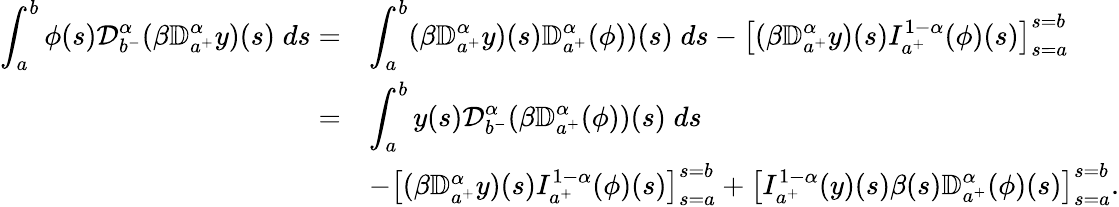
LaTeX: \begin{array}{rl}{\displaystyle\int_{a}^{b}\phi(s){\mathcal D}_{b^{-}}^{\alpha}(\beta{\mathbb D}_{a^{+}}^{\alpha}y)(s)\; ds=}&{\displaystyle\int_{a}^{b}(\beta{\mathbb D}_{a^{+}}^{\alpha}y)(s){\mathbb D}_{a^{+}}^{\alpha}(\phi))(s)\; ds-\left[(\beta{\mathbb D}_{a^{+}}^{\alpha}y)(s)I_{a^{+}}^{1-\alpha}(\phi)(s)\right]_{s=a}^{s=b}}\\ {=}&{\displaystyle\int_{a}^{b}y(s){\mathcal D}_{b^{-}}^{\alpha}(\beta{\mathbb D}_{a^{+}}^{\alpha}(\phi))(s)\; ds}\\ &{-\left[(\beta{\mathbb D}_{a^{+}}^{\alpha}y)(s)I_{a^{+}}^{1-\alpha}(\phi)(s)\right]_{s=a}^{s=b}+\displaystyle\left[I_{a^{+}}^{1-\alpha}(y)(s)\beta(s){\mathbb D}_{a^{+}}^{\alpha}(\phi)(s)\right]_{s=a}^{s=b}.}\end{array}